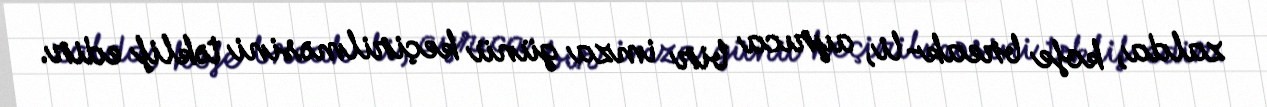
zalda, kofe break-li, ayrıca bir imza günü keçirilməsini təklif edir.